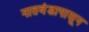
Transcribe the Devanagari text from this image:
नातवंडापासून